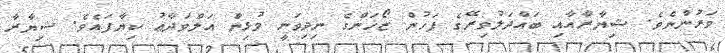
ވަރުންނެވެ. ޝިޔާރާއާއި ބައްދަލުވިރޭގެ ފަހުން ޒޯހަންގެ ނިދިވަނީ މުޅިން އަލްވަދާޢު ކިޔާފައެވެ. ޝިޔާރާ